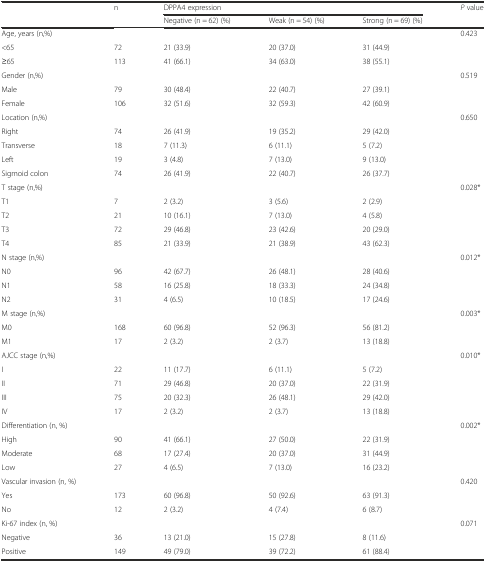
<table><thead><tr><td rowspan="2"></td><td rowspan="2"><b>n</b></td><td colspan="3"><b>DPPA4 expression</b></td><td rowspan="2"><b><i>P</i> value</b></td></tr><tr><td><b>Negative (n = 62) (%)</b></td><td><b>Weak (n = 54) (%)</b></td><td><b>Strong (n = 69) (%)</b></td></tr></thead><tbody><tr><td>Age, years (n,%)</td><td></td><td></td><td></td><td></td><td>0.423</td></tr><tr><td>&lt;65</td><td>72</td><td>21 (33.9)</td><td>20 (37.0)</td><td>31 (44.9)</td><td></td></tr><tr><td>≥65</td><td>113</td><td>41 (66.1)</td><td>34 (63.0)</td><td>38 (55.1)</td><td></td></tr><tr><td>Gender (n,%)</td><td></td><td></td><td></td><td></td><td>0.519</td></tr><tr><td>Male</td><td>79</td><td>30 (48.4)</td><td>22 (40.7)</td><td>27 (39.1)</td><td></td></tr><tr><td>Female</td><td>106</td><td>32 (51.6)</td><td>32 (59.3)</td><td>42 (60.9)</td><td></td></tr><tr><td>Location (n,%)</td><td></td><td></td><td></td><td></td><td>0.650</td></tr><tr><td>Right</td><td>74</td><td>26 (41.9)</td><td>19 (35.2)</td><td>29 (42.0)</td><td></td></tr><tr><td>Transverse</td><td>18</td><td>7 (11.3)</td><td>6 (11.1)</td><td>5 (7.2)</td><td></td></tr><tr><td>Left</td><td>19</td><td>3 (4.8)</td><td>7 (13.0)</td><td>9 (13.0)</td><td></td></tr><tr><td>Sigmoid colon</td><td>74</td><td>26 (41.9)</td><td>22 (40.7)</td><td>26 (37.7)</td><td></td></tr><tr><td>T stage (n,%)</td><td></td><td></td><td></td><td></td><td>0.028*</td></tr><tr><td>T1</td><td>7</td><td>2 (3.2)</td><td>3 (5.6)</td><td>2 (2.9)</td><td></td></tr><tr><td>T2</td><td>21</td><td>10 (16.1)</td><td>7 (13.0)</td><td>4 (5.8)</td><td></td></tr><tr><td>T3</td><td>72</td><td>29 (46.8)</td><td>23 (42.6)</td><td>20 (29.0)</td><td></td></tr><tr><td>T4</td><td>85</td><td>21 (33.9)</td><td>21 (38.9)</td><td>43 (62.3)</td><td></td></tr><tr><td>N stage (n,%)</td><td></td><td></td><td></td><td></td><td>0.012*</td></tr><tr><td>N0</td><td>96</td><td>42 (67.7)</td><td>26 (48.1)</td><td>28 (40.6)</td><td></td></tr><tr><td>N1</td><td>58</td><td>16 (25.8)</td><td>18 (33.3)</td><td>24 (34.8)</td><td></td></tr><tr><td>N2</td><td>31</td><td>4 (6.5)</td><td>10 (18.5)</td><td>17 (24.6)</td><td></td></tr><tr><td>M stage (n,%)</td><td></td><td></td><td></td><td></td><td>0.003*</td></tr><tr><td>M0</td><td>168</td><td>60 (96.8)</td><td>52 (96.3)</td><td>56 (81.2)</td><td></td></tr><tr><td>M1</td><td>17</td><td>2 (3.2)</td><td>2 (3.7)</td><td>13 (18.8)</td><td></td></tr><tr><td>AJCC stage (n,%)</td><td></td><td></td><td></td><td></td><td>0.010*</td></tr><tr><td>I</td><td>22</td><td>11 (17.7)</td><td>6 (11.1)</td><td>5 (7.2)</td><td></td></tr><tr><td>II</td><td>71</td><td>29 (46.8)</td><td>20 (37.0)</td><td>22 (31.9)</td><td></td></tr><tr><td>III</td><td>75</td><td>20 (32.3)</td><td>26 (48.1)</td><td>29 (42.0)</td><td></td></tr><tr><td>IV</td><td>17</td><td>2 (3.2)</td><td>2 (3.7)</td><td>13 (18.8)</td><td></td></tr><tr><td>Differentiation (n, %)</td><td></td><td></td><td></td><td></td><td>0.002*</td></tr><tr><td>High</td><td>90</td><td>41 (66.1)</td><td>27 (50.0)</td><td>22 (31.9)</td><td></td></tr><tr><td>Moderate</td><td>68</td><td>17 (27.4)</td><td>20 (37.0)</td><td>31 (44.9)</td><td></td></tr><tr><td>Low</td><td>27</td><td>4 (6.5)</td><td>7 (13.0)</td><td>16 (23.2)</td><td></td></tr><tr><td>Vascular invasion (n, %)</td><td></td><td></td><td></td><td></td><td>0.420</td></tr><tr><td>Yes</td><td>173</td><td>60 (96.8)</td><td>50 (92.6)</td><td>63 (91.3)</td><td></td></tr><tr><td>No</td><td>12</td><td>2 (3.2)</td><td>4 (7.4)</td><td>6 (8.7)</td><td></td></tr><tr><td>Ki-67 index (n, %)</td><td></td><td></td><td></td><td></td><td>0.071</td></tr><tr><td>Negative</td><td>36</td><td>13 (21.0)</td><td>15 (27.8)</td><td>8 (11.6)</td><td></td></tr><tr><td>Positive</td><td>149</td><td>49 (79.0)</td><td>39 (72.2)</td><td>61 (88.4)</td><td></td></tr></tbody></table>